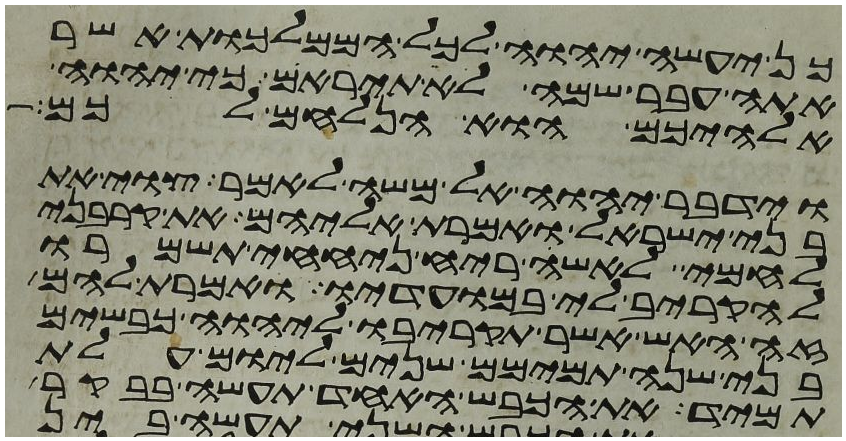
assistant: כן יעשה יהוה לכל הממלכות אשר
אתה עבר שמה לא תיראם כי יהוה
אלהיכם הוא הנלחם לכם
וידבר יהוה אל משה לאמר צוי את
בני ישראל ואמרת אליהם את קרבני
לחמי לאשי ריח ניחחי תשמרו
להקריב לי במועדיו ואמרת להם
זה האש אשר תקריבו ליהוה כבשים
בני שנה תמימם שנים ליום עלת
תמיד את הכבש האחד תעשה בבקר